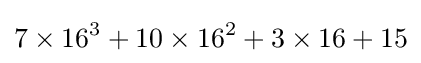
7\times 16^{3}+10\times 16^{2}+3\times 16+15